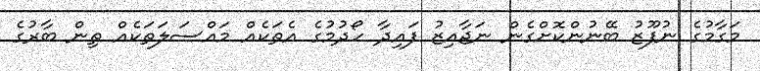
މަގާމުގެ ނުފޫޒު ބޭނުންކޮށްގެން ނަޖާއިޒު ފައިދާ ހޯދުމުގެ އެތަކެއް މައްސަލަތަކެއް ތިން ބާރުގެ